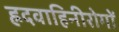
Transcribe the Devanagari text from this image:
ह्रदवाहिनीरोगों